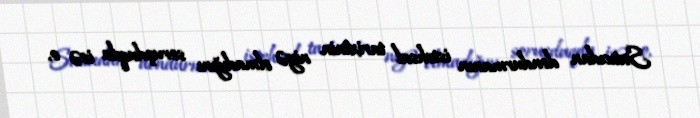
Satıcıdan dondurmanın istehsal tarixinin niyə olmadığını soruşduqda isə o,